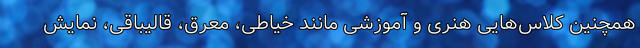
همچنین کلاس‌هایی هنری و آموزشی مانند خیاطی، معرق، قالیباقی، نمایش